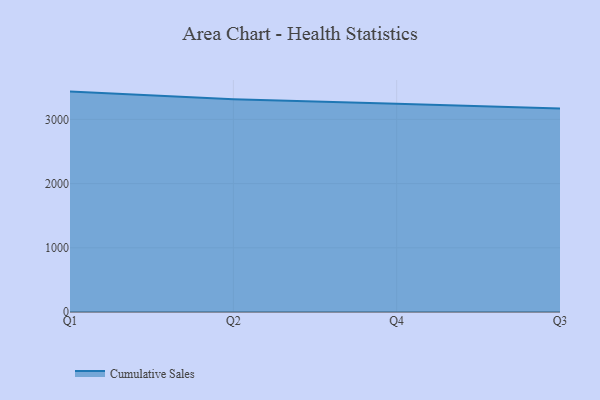
{"axis": {"x": "Quarter", "y": "Gross Profit (USD K)"}, "legend": ["Cumulative Sales"], "data": [{"x": "Q1", "y": 3431.7, "type": "Cumulative Sales"}, {"x": "Q2", "y": 3313.9, "type": "Cumulative Sales"}, {"x": "Q4", "y": 3243.5, "type": "Cumulative Sales"}, {"x": "Q3", "y": 3167.4, "type": "Cumulative Sales"}]}